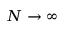
N \to \infty